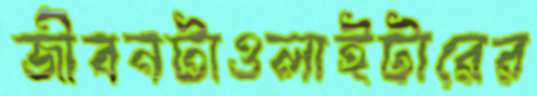
জীবনটাওলাইটারের